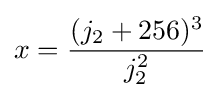
x={\frac {(j_{2}+256)^{3}}{j_{2}^{2}}}